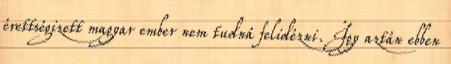
érettségizett magyar ember nem tudná felidézni. Így aztán ebben